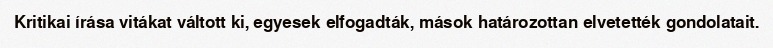
Kritikai írása vitákat váltott ki, egyesek elfogadták, mások határozottan elvetették gondolatait.